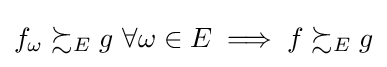
f_{\omega }\succsim _{E}g{\text{ }}\forall \omega \in E\implies f\succsim _{E}g